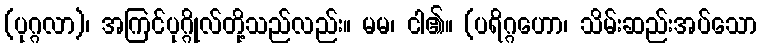
(ပုဂ္ဂလာ)၊ အကြင်ပုဂ္ဂိုလ်တို့သည်လည်း။ မမ၊ ငါ၏။ (ပရိဂ္ဂဟော၊ သိမ်းဆည်းအပ်သော